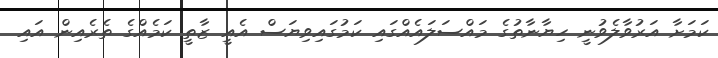
ކަމަށާ އަރުވާލެވުނީ ހިޔާނާތުގެ މައްސަލައެއްގައި ކަމުގައިވިޔަސް އެއީ ޒާތީ ކަމެއްގެ ތެރެއިން އައި